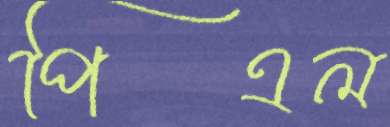
পিএল